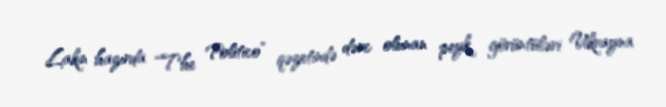
Lakin hazırda “The Politico” qəzetində dərc olunan peyk görüntüləri Ukrayna